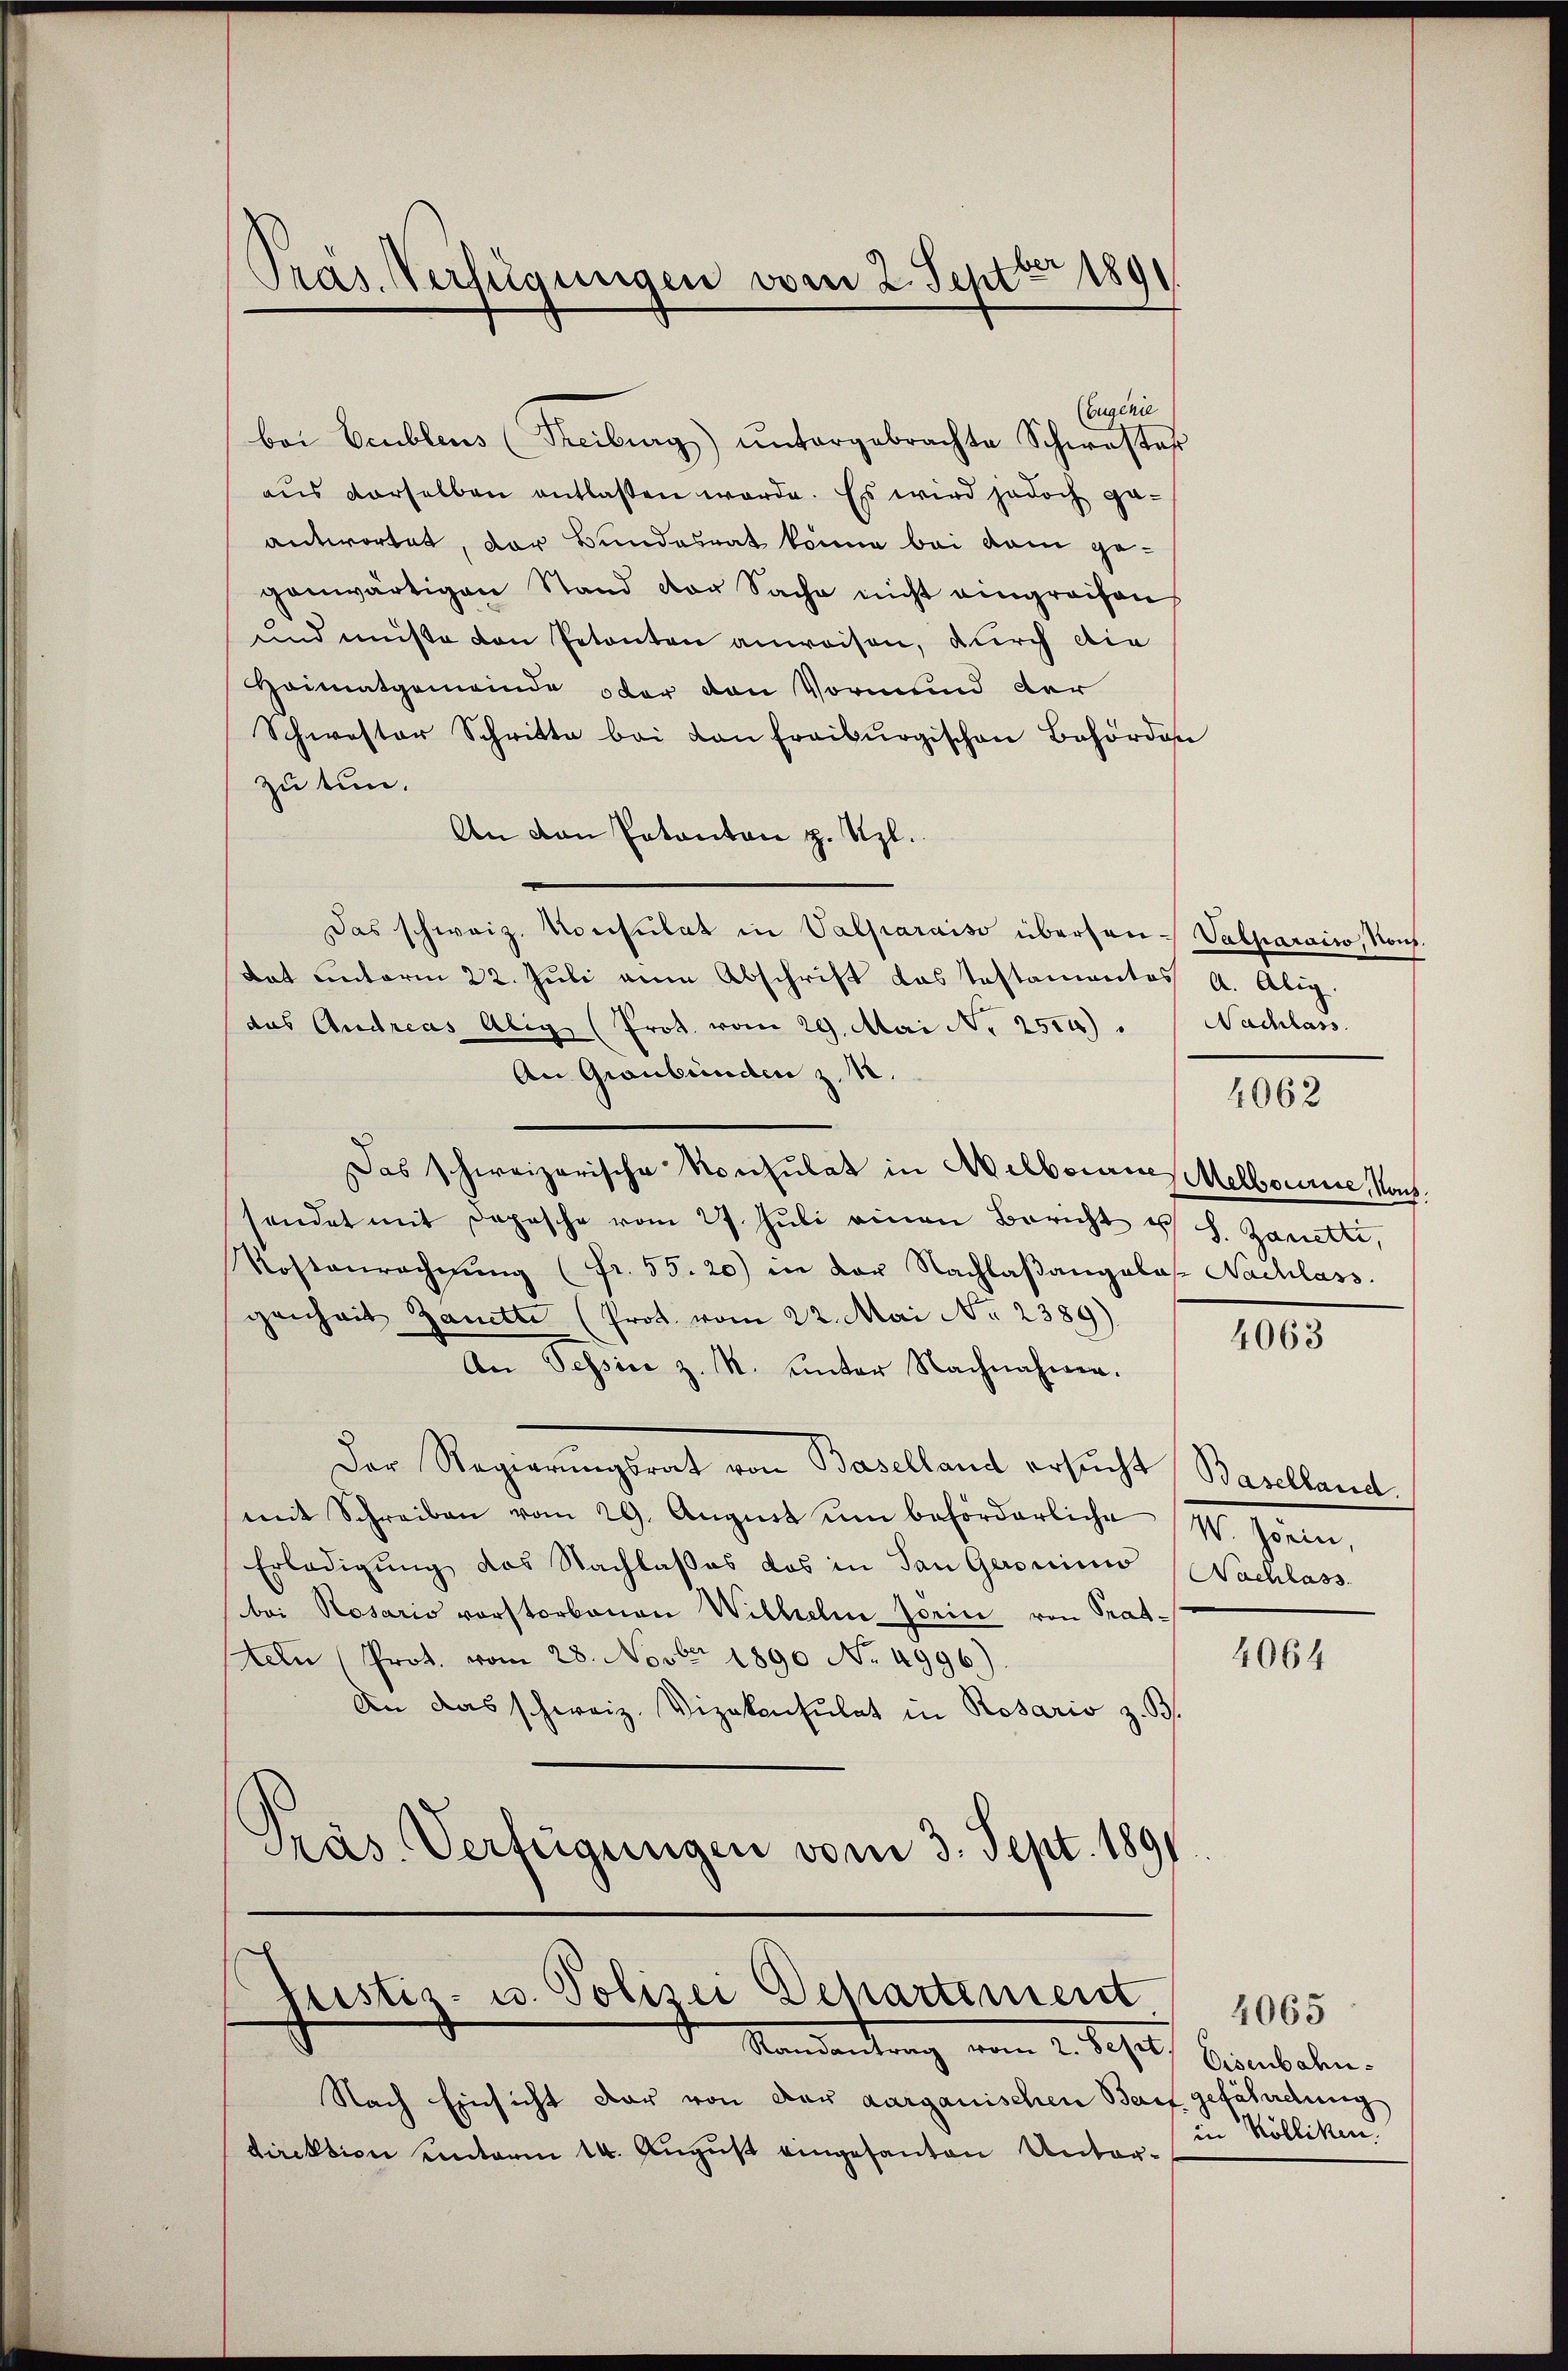
(Eugenie
bei Beublens (Freiburg) ŭntergebrachte Schwester
aus derselben entlassen werde. Es wird jedoch ge-
antwortet, der Bundesrat könne bei dem gegenwärtigen Stand vor Sache nicht eingreifen
und müßte den Petenten anweisen, durch die
Heimatgemeinde oder von Vormund der
Schwester Schritte bei von Freiburgischen Behörden
zu tun.
An von Patanton z. Uzl.
Das schweiz. Konsulat in Valparaiso überhan- Valparaiw, Kons.
Rat unterm 22. Juli eine Abschrift das Testamentos A. Alig.
das Andreas Alig (Prot. vom 29. Mai N. 250.) " " Nachlass
An Graubünden z. B.
Das schweizerische Konsulat in Adelbornes Melbourne, No.
sendet mit Depesche vom 27. Jŭli einen Bericht es s. Zanetti,
Kostenrechnŭng (Fr. 55. 20) in der Nachlaßangalos. Nachlass
genheit Janette (Prot. vom 22. Mai No 2389).
An Tessin z. M. unter Nachnahmen.
Der Regierungsrat von Baselland ersucht Baselland
mit Schreiben vom 29. August ŭm beförderliche IV. Hein
Erledigung des Nachlaßes das in San Geroninio (Nachlass
bei Rosario vorstorbenen Wilhelm Jörin von Trat-
teln (Prot. vom 28. Novber 1890 No. 4996)
An das schweiz. Vizekonsulat in Rosario z. B.
Präs. Verfügungen vom 3. Sept. 1891

Präs. Verfügungen vom 2. Septbr 189

Justiz- u. Polizei Departement
Vandankung vom 2. Josef Beinbaten.

Nach Einsicht der von der aarganischen Beruf gefährdung
direktion unterm 14. August eingesanten Unter¬

4062

4063

4064

4065
in Kölliken.